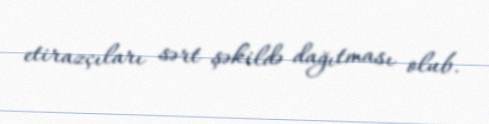
etirazçıları sərt şəkildə dağıtması olub.